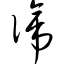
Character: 谛